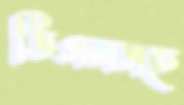
ডিএলসহ